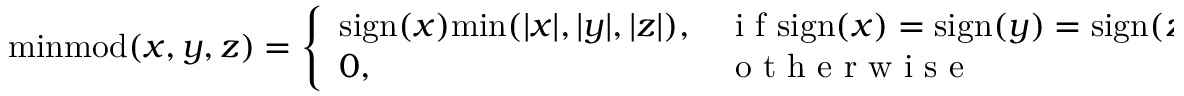
\mathrm { m i n m o d } ( x , y , z ) = \left\{ \begin{array} { l l } { \mathrm { s i g n } ( x ) \mathrm { m i n } ( | x | , | y | , | z | ) , } & { \mathrm { ~ i ~ f ~ } \mathrm { s i g n } ( x ) = \mathrm { s i g n } ( y ) = \mathrm { s i g n } ( z ) } \\ { 0 , } & { \mathrm { ~ o ~ t ~ h ~ e ~ r ~ w ~ i ~ s ~ e ~ } } \end{array} \right. .